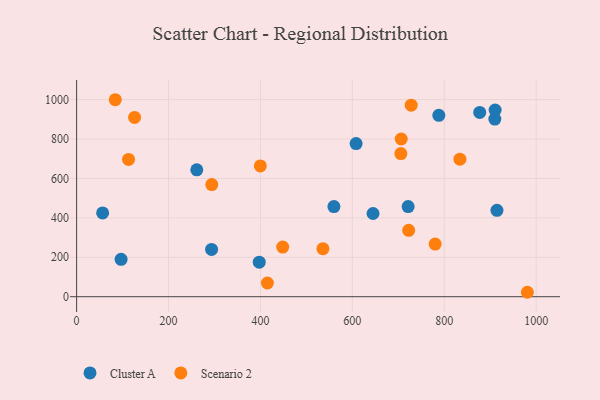
{"axis": {"x": "Investment", "y": "Demand"}, "legend": ["Cluster A", "Scenario 2"], "data": [{"x": "293.7", "y": 240.1, "type": "Cluster A"}, {"x": "910.1", "y": 901.2, "type": "Cluster A"}, {"x": "877.2", "y": 935.0, "type": "Cluster A"}, {"x": "397.4", "y": 175.0, "type": "Cluster A"}, {"x": "645.0", "y": 422.2, "type": "Cluster A"}, {"x": "96.8", "y": 189.6, "type": "Cluster A"}, {"x": "261.5", "y": 643.7, "type": "Cluster A"}, {"x": "910.7", "y": 946.6, "type": "Cluster A"}, {"x": "788.2", "y": 920.3, "type": "Cluster A"}, {"x": "559.9", "y": 457.5, "type": "Cluster A"}, {"x": "56.6", "y": 424.9, "type": "Cluster A"}, {"x": "914.7", "y": 438.4, "type": "Cluster A"}, {"x": "608.2", "y": 776.8, "type": "Cluster A"}, {"x": "721.4", "y": 457.3, "type": "Cluster A"}, {"x": "980.9", "y": 22.5, "type": "Scenario 2"}, {"x": "84.1", "y": 999.3, "type": "Scenario 2"}, {"x": "294.1", "y": 568.8, "type": "Scenario 2"}, {"x": "126.1", "y": 909.6, "type": "Scenario 2"}, {"x": "415.2", "y": 69.6, "type": "Scenario 2"}, {"x": "780.2", "y": 267.1, "type": "Scenario 2"}, {"x": "834.1", "y": 697.7, "type": "Scenario 2"}, {"x": "536.0", "y": 243.5, "type": "Scenario 2"}, {"x": "706.4", "y": 800.0, "type": "Scenario 2"}, {"x": "705.6", "y": 725.9, "type": "Scenario 2"}, {"x": "448.5", "y": 251.9, "type": "Scenario 2"}, {"x": "113.0", "y": 696.6, "type": "Scenario 2"}, {"x": "722.6", "y": 336.8, "type": "Scenario 2"}, {"x": "399.8", "y": 663.7, "type": "Scenario 2"}, {"x": "728.1", "y": 971.9, "type": "Scenario 2"}]}